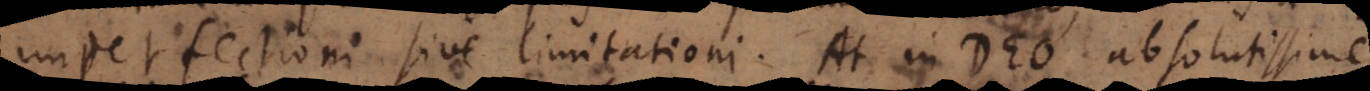
imperfectioni sive limitationi. At in Deo absolutissime